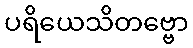
ပရိယေသိတဗ္ဗော